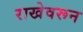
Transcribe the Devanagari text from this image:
राखेवरून